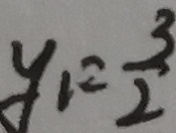
y _ { 1 } = \frac { 3 } { 2 }